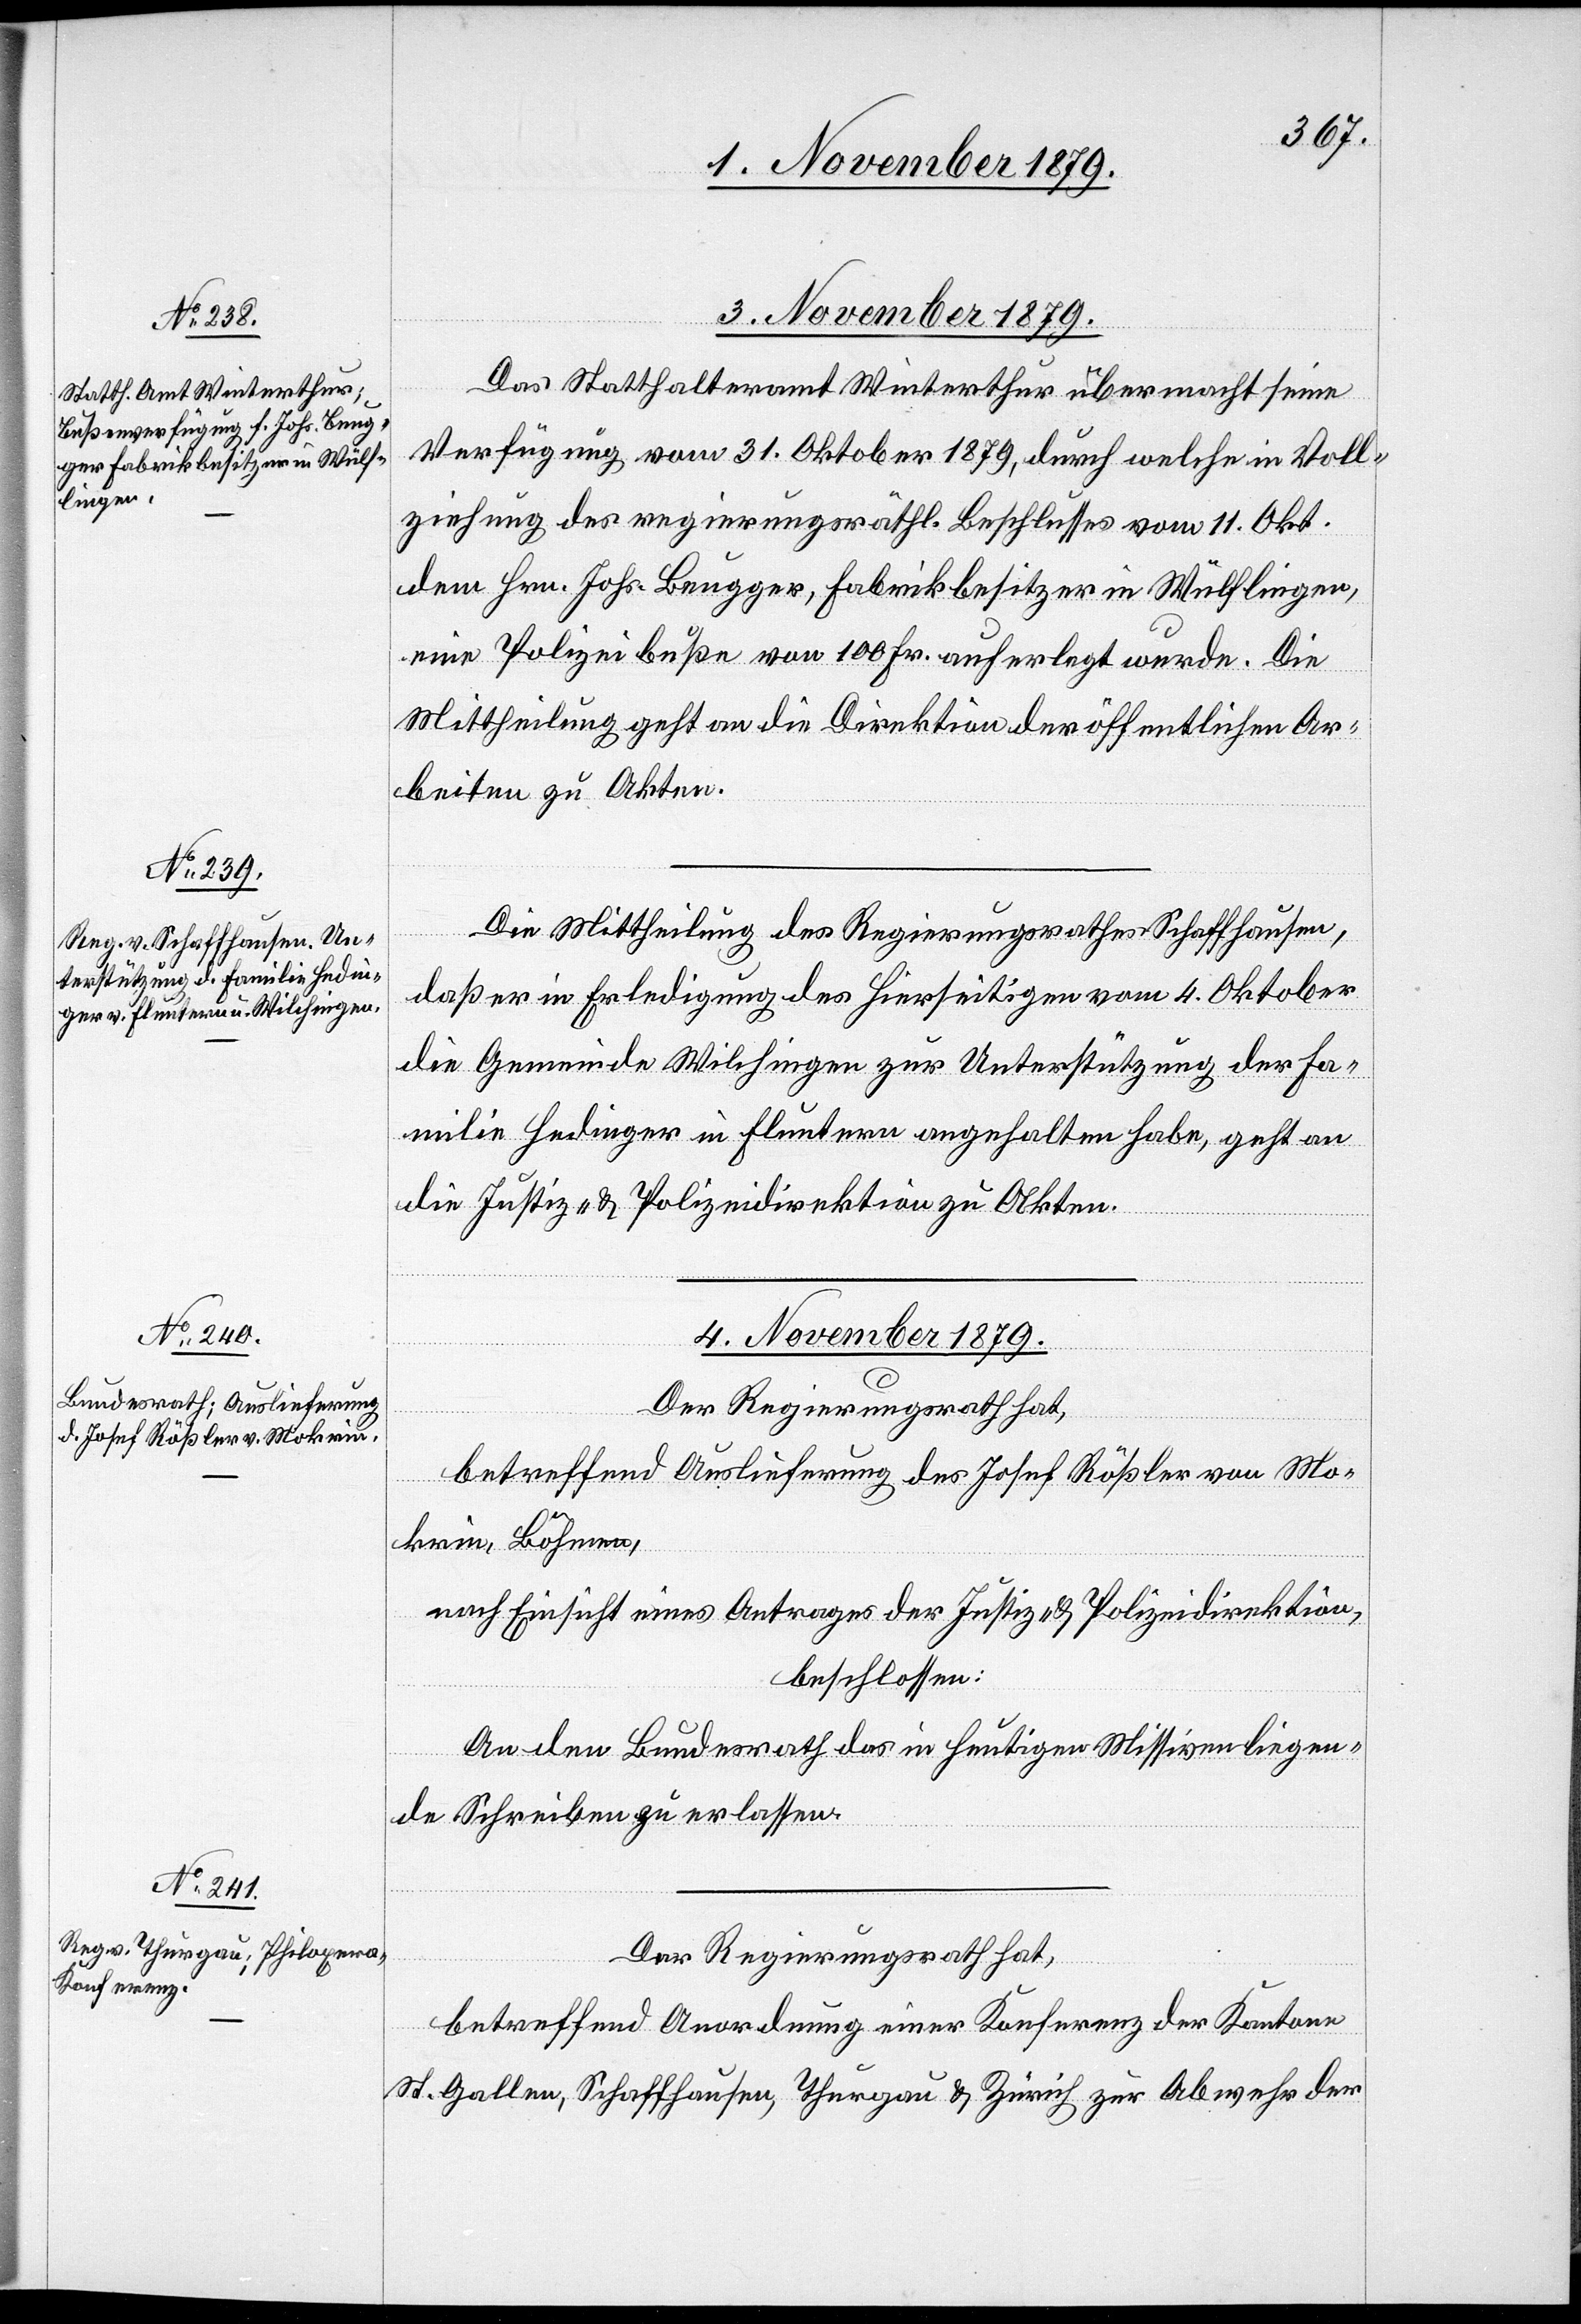
3. November 1879.]
Das Statthalteramt Winterthur übermacht seine
Verfügung vom 31. Oktober 1879, durch welche in Voll¬
ziehung des regierungsräthl. Beschlusses vom 11. Okt.
dem Hrn. Johs. Beugger, Fabrikbesitzer in Wülflingen,
eine Polizeibuße von 100 Fr. auferlegt wurde. Die
Mittheilung geht an die Direktion der öffentlichen Ar¬
beiten zu Akten.
Die Mittheilung des Regierungsrathes Schaffhausen,
daß er in Erledigung des Hierseitigen vom 4. Oktober
die Gemeinde Wilchingen zur Unterstützung der Fa¬
milie Hedinger in Fluntern angehalten habe, geht an
die Justiz- & Polizeidirektion zu Akten.
4. November 1879.]
Der Regierungsrath hat,
betreffend Auslieferung des Josef Rößler von Mo¬
krin, Böhmen,
nach Einsicht eines Antrages der Justiz- & Polizeidirektion,
beschlossen:
An den Bundesrath das in heutigen Missiven liegen¬
de Schreiben zu erlassen.
betreffend Anordnung einer Konferenz der Kantone
St. Gallen, Schaffhausen, Thurgau & Zürich zur Abwehr der